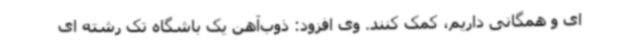
ای و همگانی داریم، کمک کنند. وی افزود: ذوب‌آهن یک باشگاه تک رشته ای